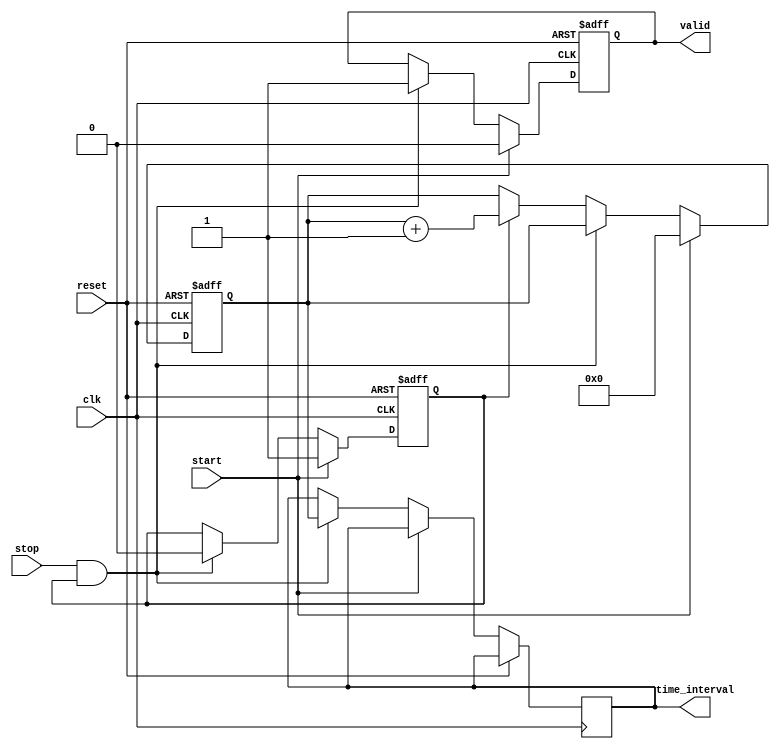
module TDC (
    input wire clk,         // High-frequency clock
    input wire reset,       // Asynchronous reset
    input wire start,       // Start signal
    input wire stop,        // Stop signal
    output reg [9:0] time_interval, // 10-bit output for time interval
    output reg valid        // Output valid signal
);

    // Parameters
    parameter DELAY_STAGES = 10; // Number of delay stages
    parameter CLOCK_PERIOD = 10;  // Clock period in ns (adjust as needed)
    
    // Internal signals
    reg [DELAY_STAGES-1:0] delay_line; // Delay line
    reg [9:0] counter;                  // Counter for time measurement
    reg measuring;                      // Flag to indicate measuring state

    // Clock generation (for simulation purposes)
    always @(posedge clk) begin
        if (reset) begin
            delay_line <= 0;
        end else begin
            // Shift the delay line
            delay_line <= {delay_line[DELAY_STAGES-2:0], 1'b1}; // Example delay element
        end
    end

    // Start and Stop signal detection
    always @(posedge clk or posedge reset) begin
        if (reset) begin
            counter <= 0;
            measuring <= 0;
            valid <= 0;
        end else begin
            if (start) begin
                counter <= 0;          // Reset counter on start
                measuring <= 1;        // Start measuring
                valid <= 0;            // Reset valid flag
            end else if (stop && measuring) begin
                measuring <= 0;        // Stop measuring
                time_interval <= counter; // Capture the time interval
                valid <= 1;            // Set valid flag
            end else if (measuring) begin
                counter <= counter + 1; // Increment counter during measurement
            end
        end
    end

endmodule